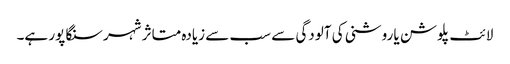
لائٹ پلوشن یا روشنی کی آلودگی سے سب سے زیادہ متاثر شہر سنگا پور ہے۔